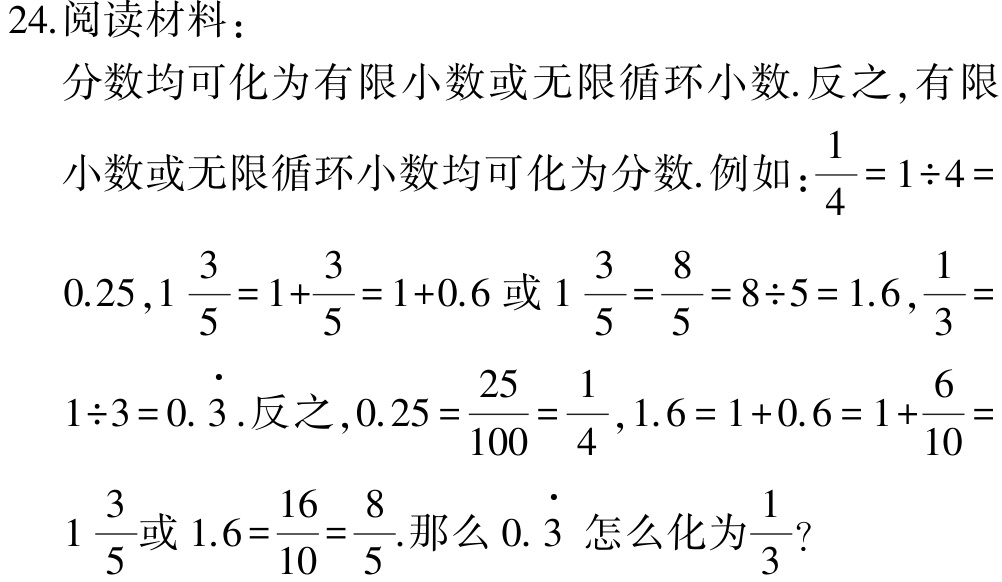
24.阅读材料：

分数均可化为有限小数或无限循环小数. 反之, 有限

小数或无限循环小数均可化为分数. 例如：\(\frac{1}{4}=1\div4 = \)

\(0.25\), \(1\frac{3}{5}=1 + \frac{3}{5}=1 + 0.6\)或\(1\frac{3}{5}=\frac{8}{5}=8\div5 = 1.6\), \(\frac{1}{3}= \)

\(1\div3 = 0.\dot{3}\). 反之, \(0.25=\frac{25}{100}=\frac{1}{4}\), \(1.6=1 + 0.6=1+\frac{6}{10}= \)

\(1\frac{3}{5}\)或\(1.6=\frac{16}{10}=\frac{8}{5}\). 那么\(0.\dot{3}\)怎么化为\(\frac{1}{3}\)?